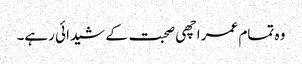
وہ تمام عمر اچھی صحبت کے شیدائی رہے۔